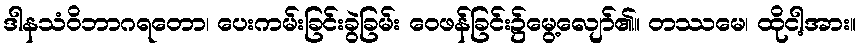
ဒါနသံဝိဘာဂရတော၊ ပေးကမ်းခြင်းခွဲခြမ်း ဝေဖန်ခြင်း၌မွေ့လျော်၏။ တဿမေ၊ ထိုငါ့အား။